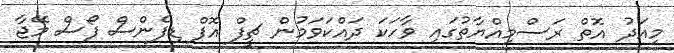
މިއަދު އޮތް ރަސްމިއްޔާތުގައި ވާހަކަ ދައްކަވަމުން ޗީފް އޮފް ޑިފެންސް ފޯސް މޭޖާ